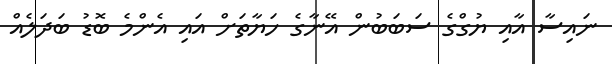
ނައިސާ އާއި ޔުގްގެ ސަބަބުން އޭނާގެ ހަޔާތަށް އައި އެންމެ ބޮޑު ބަދަލެއް